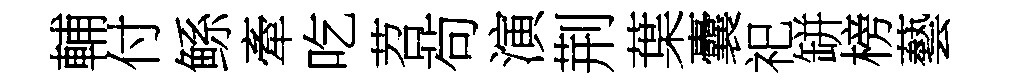
輔付鲧牽吃苕茍演荆葉囊祀缾榜藝